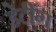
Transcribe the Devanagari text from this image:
डेटींग